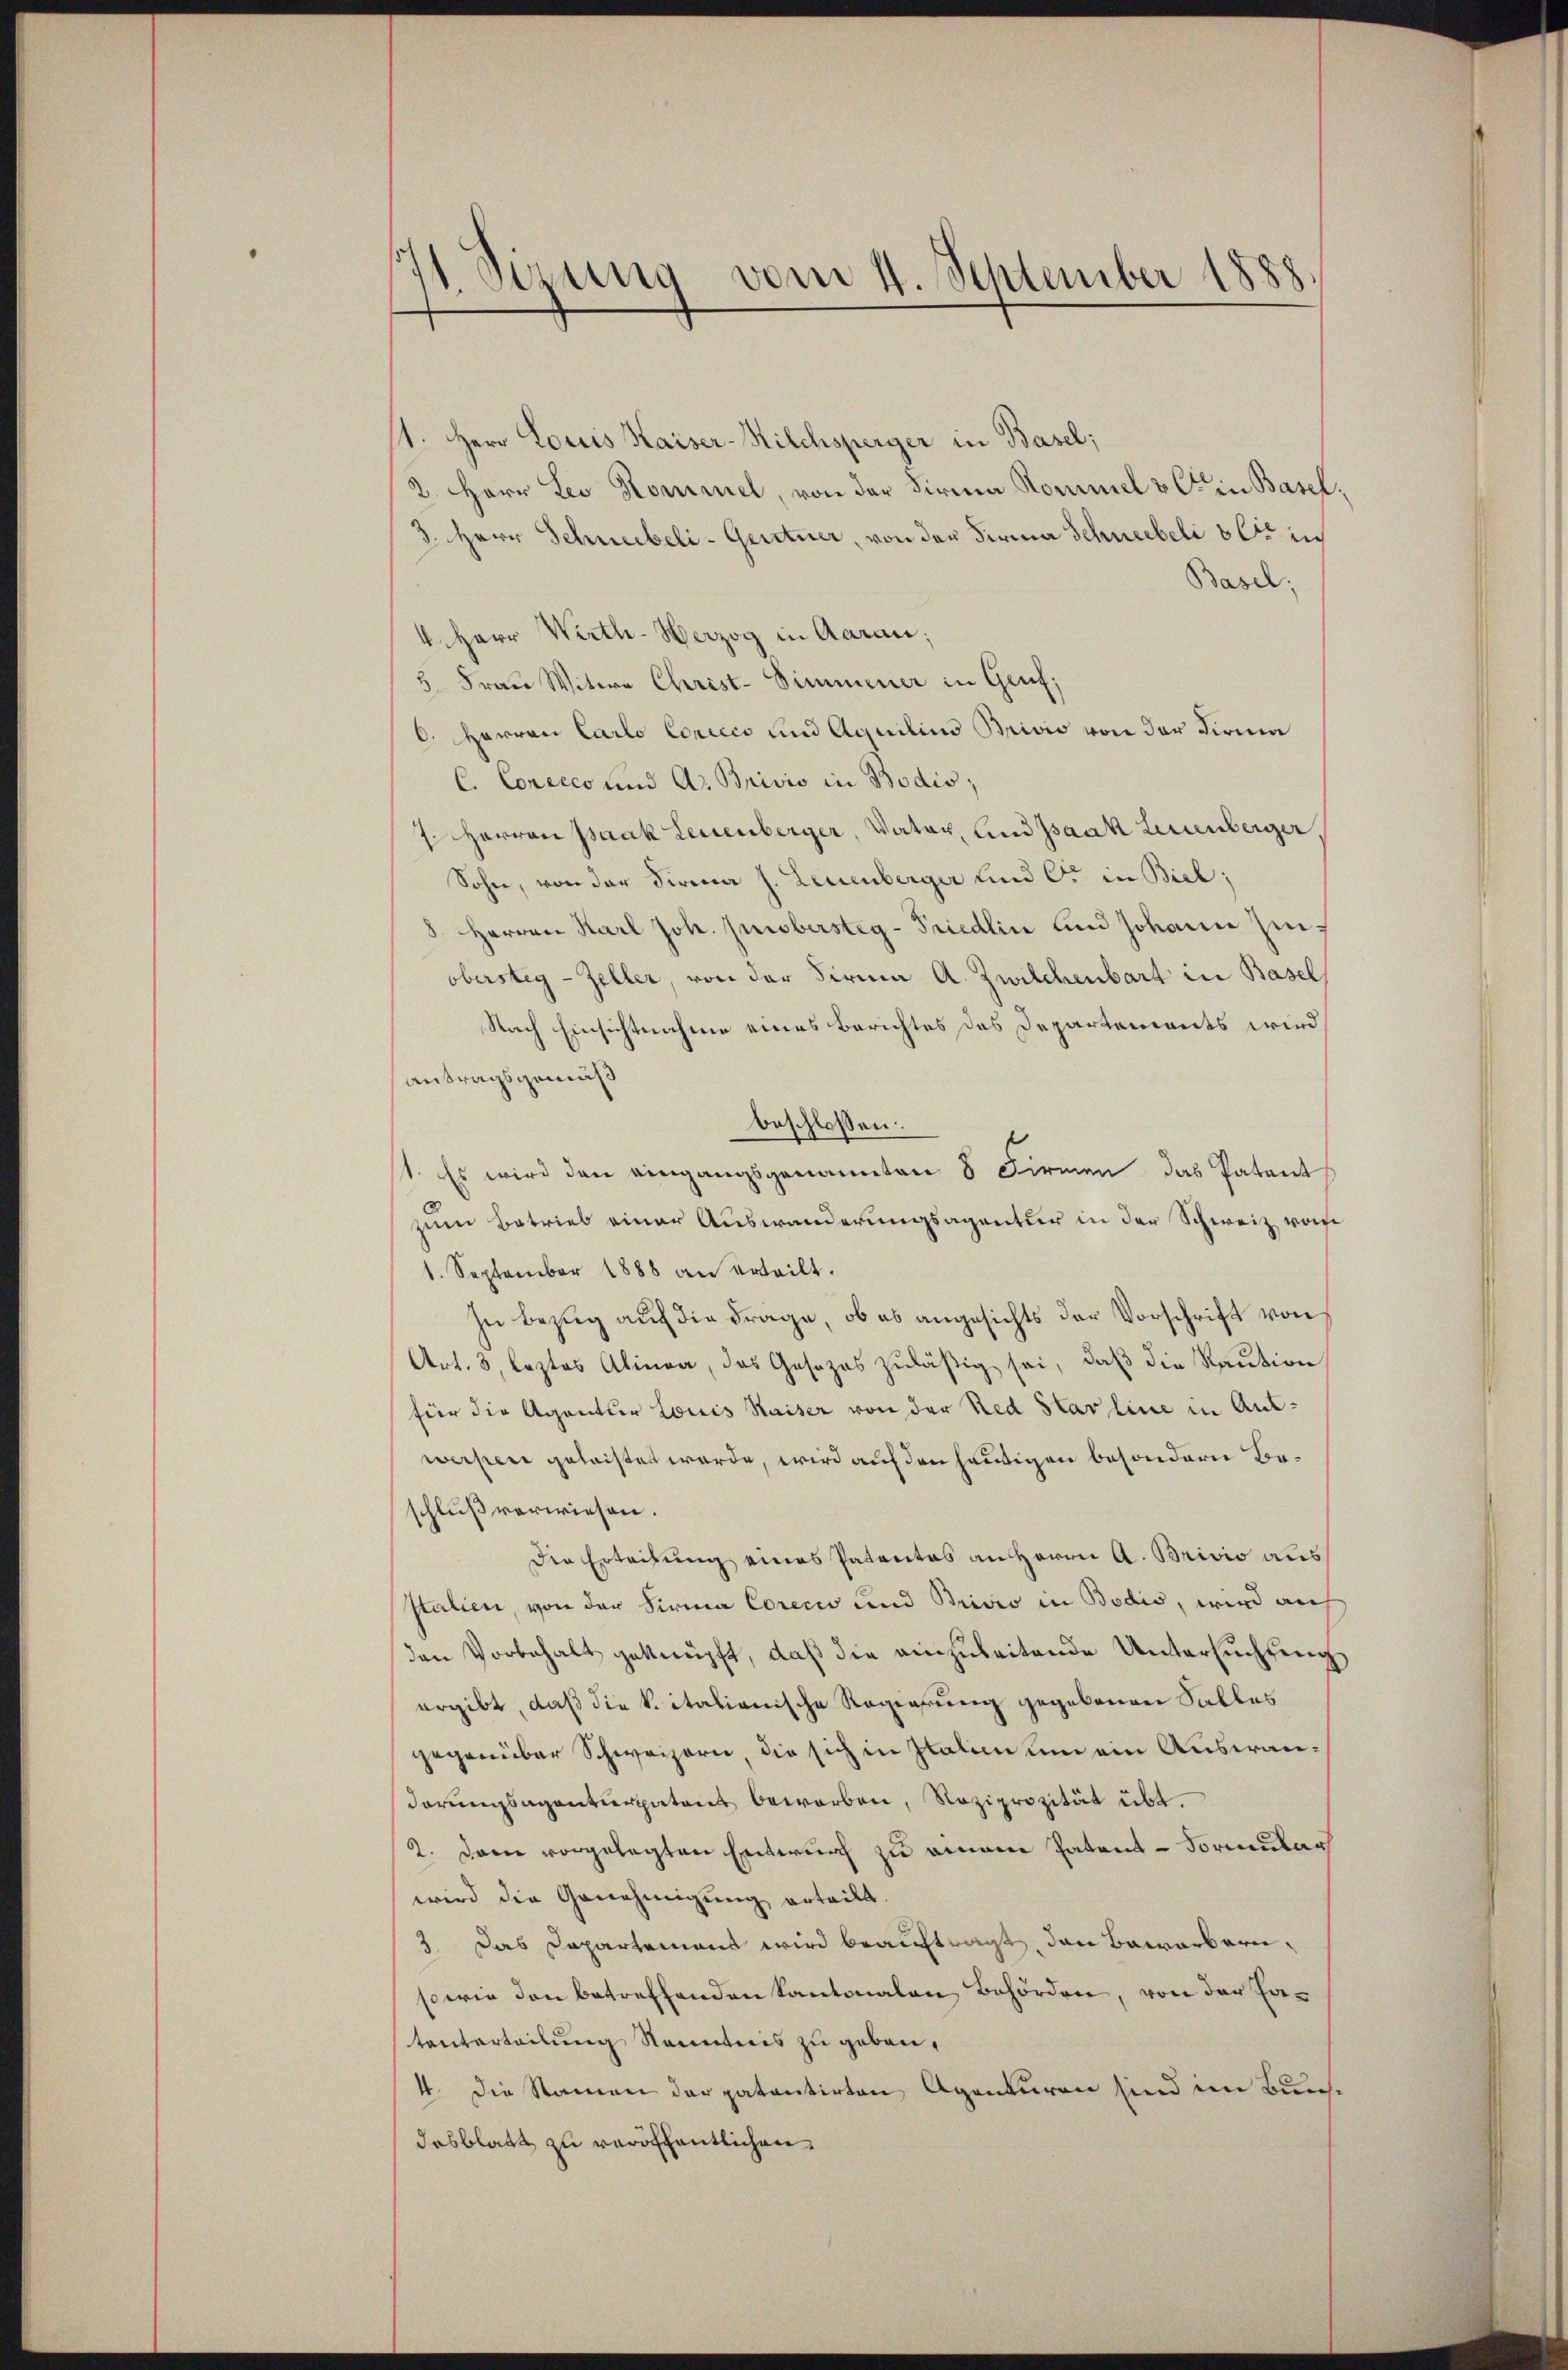
1 Sizung vom 4. September 1888.

11. Herr Louis Kaiser-Milchsperger in Basel;
2. Herr Leo Kommel, von der Firma Rommel & Cie in Basel,
3. Herr Schneebeli-Gentner, von der Firma Schneebeli so in
Basel:
4. Herr Wirth-Herzog in Aarau;
5 Frau Witwe Christ-Simmener in Genf;
0. Herren Carlo Conccco und Aquilins Brivio von der Firma
C. Conceco und A. Brivio in Bodis,
7. Herren Paak Leuenberger, Vater, und Isaak Leuenberger,
Sohn, von der Firma H. Leuenberger und Ort in Biel;
8. Herren Karl Joh. Hubersteg-Friedlin und Johann Zinobersteg - Zeller, von der Firma A. Zwilchenbart in Basel
Nach Einsichtnahme eines Berichtes des Departements wird
antragsgemäß
beschlossen:
1. Es wird den eingangsgenannten 8 Firmen das Patent
zum Betrieb einer Auswanderungsagentur in der Schweiz vom
1. September 1888 an erteilt.
In Bezug auf die Frage, ob es angesichts der Vorschrift von
Art. 3, leztes Alinea, das Gesezes zuläßig sei, daß die Kaution
für die Agentler Louis Kaiser von der Red Slav line in Antwerpen geleistet werde, wird auf den heutigen besondern Beschluß verwiesen.
Die Erteifung eines Patentes an Herrn A. Brivio aus
Italien, von der Firma Corecio und Brivio in Bodis, wird auf
den Vorbehalt geknüpft, daß die einzuleitende Untersuchung
ergibt, daß die Spitalienische Regierung gegebenen Falles
gegenüber Schweizern, die sich in Italien um ein Auswandarungsagenturpatent beworben, Reziprozität übt.
2. Dann vorgelegten Entwurf zu einem Patent-Formulag
wird die Genehmigŭng erteilt.
3 Das Dapartement wird beauftragt, den Bewerbern,
sowie den betreffenden Kantonalen Behörden, von der Fatanterteilung Kenntnis zu geben,
41. Die Namen der patentirten Agenturen sind im Bunse
desblatt zu veröffentlichen